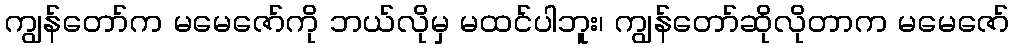
ကျွန်တော်က မမေဇော်ကို ဘယ်လိုမှ မထင်ပါဘူး၊ ကျွန်တော်ဆိုလိုတာက မမေဇော်